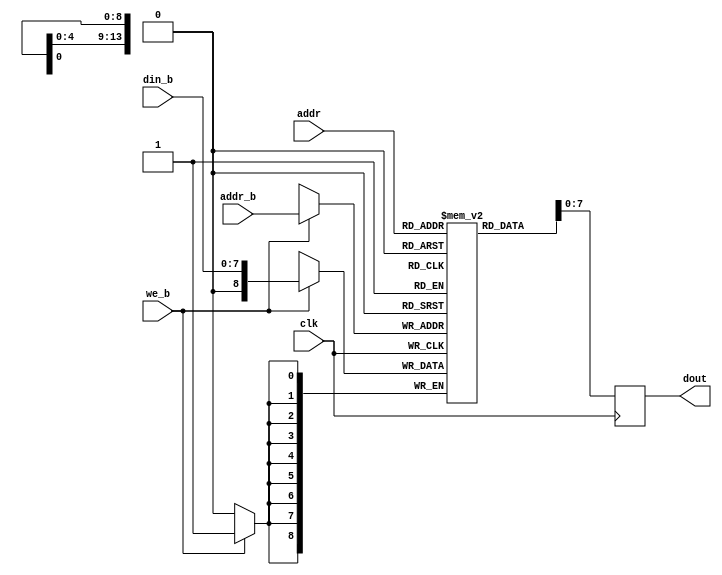
// This is rom with an extra write port that can be used to initialize it
module dprom #(
  parameter MEM_INIT_FILE = "",
  parameter DATA_WIDTH = 8,
  parameter DEPTH = 16384,
  parameter ADDRESS_WIDTH = $clog2(DEPTH)
) ( 
  input                       clk,
  input [ADDRESS_WIDTH-1:0]   addr,
  output reg [DATA_WIDTH-1:0] dout,
  input                       we_b,
  input [ADDRESS_WIDTH-1:0]   addr_b,
  input [DATA_WIDTH-1:0]      din_b
);

  reg [DATA_WIDTH:0] rom [0:DEPTH-1];

  initial
    if (MEM_INIT_FILE != "")
      $readmemh(MEM_INIT_FILE, rom);
   
  always @(posedge clk) begin
    dout <= rom[addr];
  end

  always @(posedge clk) begin
    if (we_b)
      rom[addr_b] <= din_b;
  end

endmodule